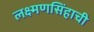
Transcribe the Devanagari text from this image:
लक्ष्मणसिंहाची